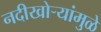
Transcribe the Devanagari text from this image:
नदीखोर्‍यांमुळे